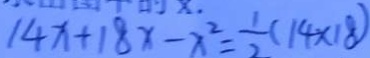
1 4 x + 1 8 x - x ^ { 2 } = \frac { 1 } { 2 } ( 1 4 \times 1 8 )